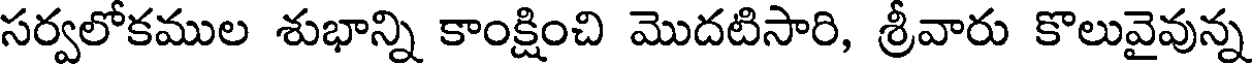
సర్వలోకముల శుభాన్ని కాంక్షించి మొదటిసారి, శ్రీవారు కొలువైవున్న